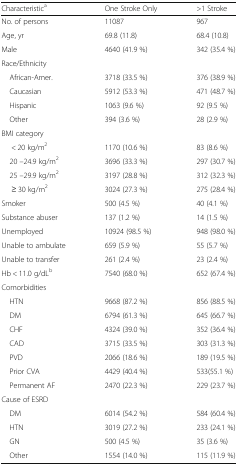
<table><thead><tr><td><b>Characteristic<sup>a</sup></b></td><td><b>One Stroke Only</b></td><td><b>&gt;1 Stroke</b></td></tr></thead><tbody><tr><td>No. of persons</td><td>11087</td><td>967</td></tr><tr><td>Age, yr</td><td>69.8 (11.8)</td><td>68.4 (10.8)</td></tr><tr><td>Male</td><td>4640 (41.9 %)</td><td>342 (35.4 %)</td></tr><tr><td colspan="3">Race/Ethnicity</td></tr><tr><td> African-Amer.</td><td>3718 (33.5 %)</td><td>376 (38.9 %)</td></tr><tr><td> Caucasian</td><td>5912 (53.3 %)</td><td>471 (48.7 %)</td></tr><tr><td> Hispanic</td><td>1063 (9.6 %)</td><td>92 (9.5 %)</td></tr><tr><td> Other</td><td>394 (3.6 %)</td><td>28 (2.9 %)</td></tr><tr><td>BMI category</td><td>[EMPTY_CELL]</td><td>[EMPTY_CELL]</td></tr><tr><td>&lt; 20 kg/m<sup>2</sup></td><td>1170 (10.6 %)</td><td>83 (8.6 %)</td></tr><tr><td> 20 –24.9 kg/m<sup>2</sup></td><td>3696 (33.3 %)</td><td>297 (30.7 %)</td></tr><tr><td> 25 –29.9 kg/m<sup>2</sup></td><td>3197 (28.8 %)</td><td>312 (32.3 %)</td></tr><tr><td>≥ 30 kg/m<sup>2</sup></td><td>3024 (27.3 %)</td><td>275 (28.4 %)</td></tr><tr><td>Smoker</td><td>500 (4.5 %)</td><td>40 (4.1 %)</td></tr><tr><td>Substance abuser</td><td>137 (1.2 %)</td><td>14 (1.5 %)</td></tr><tr><td>Unemployed</td><td>10924 (98.5 %)</td><td>948 (98.0 %)</td></tr><tr><td>Unable to ambulate</td><td>659 (5.9 %)</td><td>55 (5.7 %)</td></tr><tr><td>Unable to transfer</td><td>261 (2.4 %)</td><td>23 (2.4 %)</td></tr><tr><td>Hb &lt; 11.0 g/dL<sup>b</sup></td><td>7540 (68.0 %)</td><td>652 (67.4 %)</td></tr><tr><td colspan="3">Comorbidities</td></tr><tr><td> HTN</td><td>9668 (87.2 %)</td><td>856 (88.5 %)</td></tr><tr><td> DM</td><td>6794 (61.3 %)</td><td>645 (66.7 %)</td></tr><tr><td> CHF</td><td>4324 (39.0 %)</td><td>352 (36.4 %)</td></tr><tr><td> CAD</td><td>3715 (33.5 %)</td><td>303 (31.3 %)</td></tr><tr><td> PVD</td><td>2066 (18.6 %)</td><td>189 (19.5 %)</td></tr><tr><td> Prior CVA</td><td>4429 (40.4 %)</td><td>533(55.1 %)</td></tr><tr><td> Permanent AF</td><td>2470 (22.3 %)</td><td>229 (23.7 %)</td></tr><tr><td colspan="3">Cause of ESRD</td></tr><tr><td> DM</td><td>6014 (54.2 %)</td><td>584 (60.4 %)</td></tr><tr><td> HTN</td><td>3019 (27.2 %)</td><td>233 (24.1 %)</td></tr><tr><td> GN</td><td>500 (4.5 %)</td><td>35 (3.6 %)</td></tr><tr><td> Other</td><td>1554 (14.0 %)</td><td>115 (11.9 %)</td></tr></tbody></table>